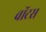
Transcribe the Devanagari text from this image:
वॉटस